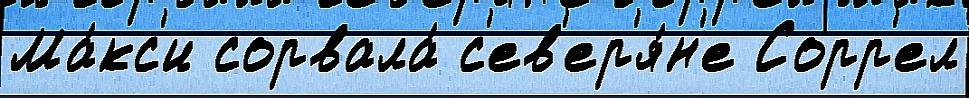
Ма́кс'и сорвала́ с'ев'ер'я́н'е Сорр'ел